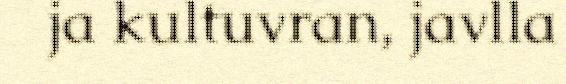
ja kultuvran, javlla